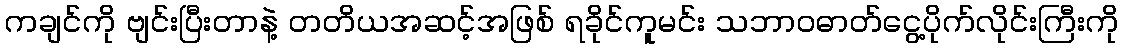
ကချင်ကို ဗျင်းပြီးတာနဲ့ တတိယအဆင့်အဖြစ် ရခိုင်ကူမင်း သဘာဝဓာတ်ငွေ့ပိုက်လိုင်းကြီးကို